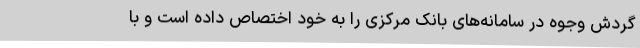
گردش وجوه در سامانه‌های بانک مرکزی را به خود اختصاص داده است و با